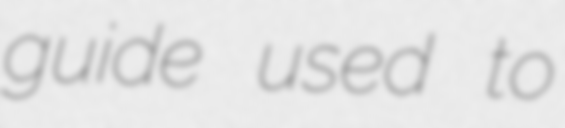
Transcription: guide used to